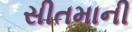
સીતમાની